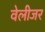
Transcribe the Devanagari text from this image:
वेलीजर